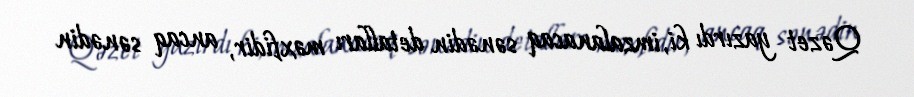
Qəzet yazırdı ki, imzalanacaq sənədin detalları məxfidir, ancaq sənədin